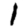
Digit: 1